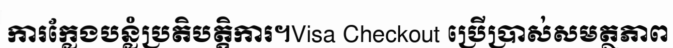
ការក្លែងបន្លំប្រតិបត្តិការ។Visa Checkout ប្រើប្រាស់សមត្ថភាព